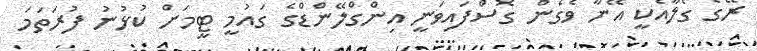
ރޭގެ ގޯލާއެކީ އޭނާ ވެގެން ގޮސްފައިވަނީ އިންގްލޭންޑްގެ ގައުމީ ޓީމަށް ކުޅުނު ފުރަތަމަ